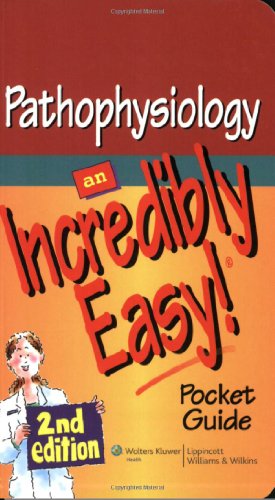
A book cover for Pathophysiology: An Incredibly Easy! Pocket Guide (Incredibly Easy! SeriesÂ®); Medical Books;